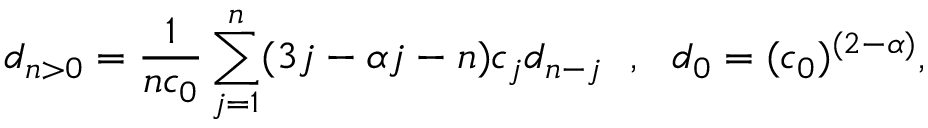
d _ { n > 0 } = \frac { 1 } { n c _ { 0 } } \sum _ { j = 1 } ^ { n } ( 3 j - \alpha j - n ) c _ { j } d _ { n - j } ~ ~ , ~ ~ d _ { 0 } = ( c _ { 0 } ) ^ { ( 2 - \alpha ) } ,